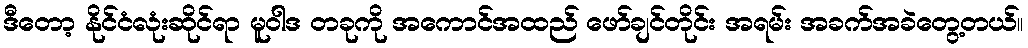
ဒီတော့ နိုင်ငံလုံးဆိုင်ရာ မူဝါဒ တခုကို အကောင်အထည် ဖော်ချင်တိုင်း အရမ်း အခက်အခဲတွေ့တယ်။